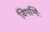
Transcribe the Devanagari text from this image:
विपणिः